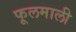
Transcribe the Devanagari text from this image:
फूलमाली